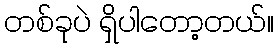
တစ်ခုပဲ ရှိပါတော့တယ်။